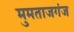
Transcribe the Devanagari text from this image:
मुमताजगंज